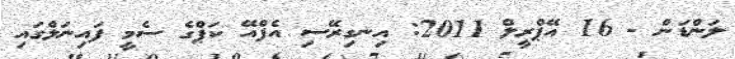
ލަންޑަން - 16 އޭޕްރީލް 2011: އިނގިރޭސި އެފްއޭ ކަޕްގެ ސެމީ ފައިނަލްގައި